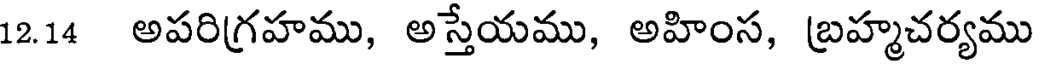
12.14 అపరిగ్రహము, అస్తేయము, అహింస, బ్రహ్మచర్యము